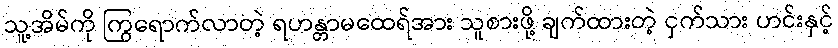
သူ့အိမ်ကို ကြွရောက်လာတဲ့ ရဟန္တာမထေရ်အား သူစားဖို့ ချက်ထားတဲ့ ငှက်သား ဟင်းနှင့်